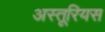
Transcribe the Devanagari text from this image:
अस्तूरियस